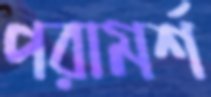
পরামর্শ